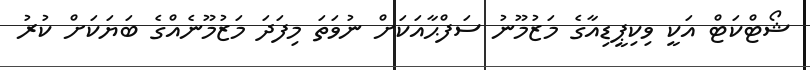
ޝޯޓްކަޓް އަކީ ވިކިޕީޑިއާގެ މަޒުމޫނު ސަފްޙާއަކަށް ނުވަތަ މިފަދަ މަޒުމޫނެއްގެ ބަޔަކަށް ކުރު